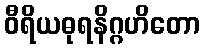
ဝီရိယဓုရနိဂ္ဂဟိတော